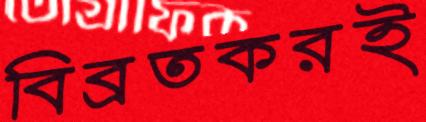
বিব্রতকরই